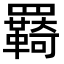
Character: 羇